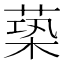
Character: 𦵶